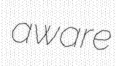
aware